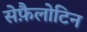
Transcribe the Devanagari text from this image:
सेफ़ैलोटिन